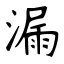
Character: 漏